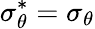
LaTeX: \sigma_{\theta}^{*}=\sigma_{\theta}